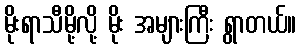
မိုးရာသီမို့လို့ မိုး အများကြီး ရွာတယ်။